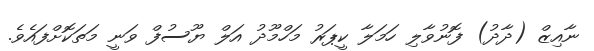
ނާއިޒް (ދާދު) ފޮނުވާލި ހަމަލާ ކީޕަރު މަހްމޫދު އަލް ޔޫސުފް ވަނީ މަތަކޮށްފައެވެ.